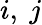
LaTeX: i,\ j